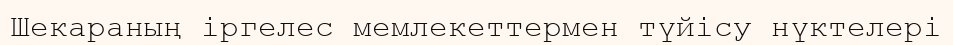
Шекараның іргелес мемлекеттермен түйісу нүктелері